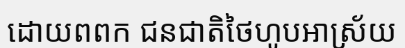
ដោយពពក ជនជាតិថៃហូបអាស្រ័យ